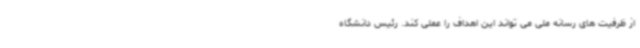
از ظرفیت های رسانه ملی می تواند این اهداف را عملی کند. رئیس دانشگاه